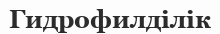
Гидрофилділік